Annual administration and progress report of the Indian Medical Department, Bombay
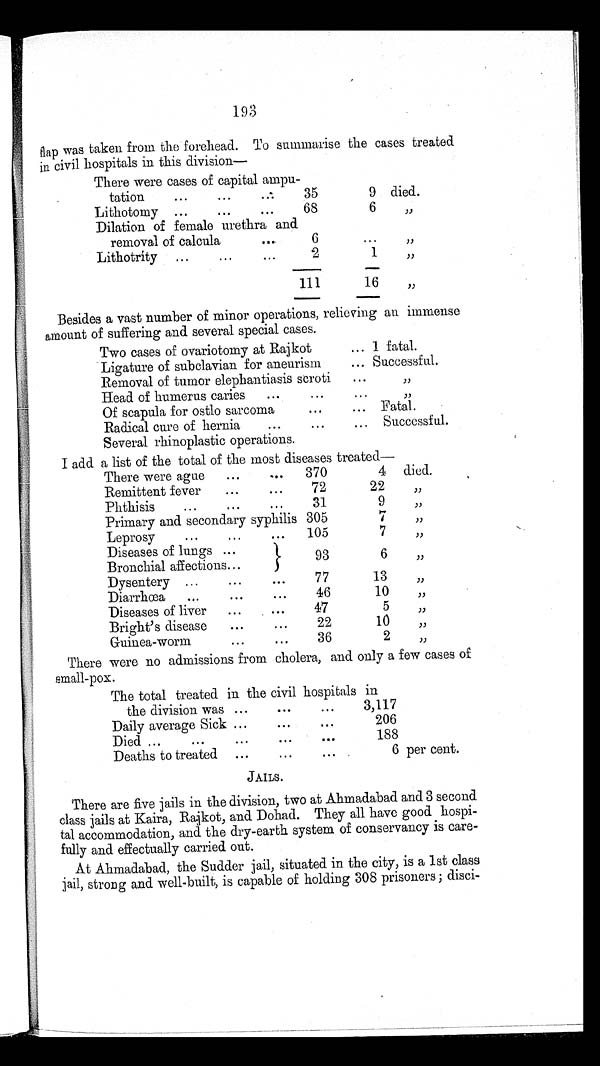
193
flap was taken from the forehead. To summarise the cases treated
in civil hospitals in this division—
There were cases of capital ampu
-tation
35
9 died.
Lithotomy
68
6
"
Dilation of female urethra and
removal of calcula
6
...
"
Lithotrity
2
1
"
111
16
"
Besides a vast number of minor operations, relieving an immense
amount of suffering and several special cases.
Two cases of ovariotomy at Rajkot
1 fatal.
Ligature of subclavian for aneurism
Successful.
Removal of tumor elephantiasis scroti
"
Head of humerus caries
"
Of scapula for ostlo sarcoma
Fatal.
Radical cure of hernia
Successful.
Several rhinoplastic operations.
I add a list of the total of the most diseases treated—
There were ague
370
4
died.
Remittent fever
72
22
"
P h t h i s i s
31
9
"
Primary and secondary syphilis 305
7
"
Leprosy
105
7
"
Diseases of lungs
93
6
"
Bronchial affections D y s e n t e r y
77
13
"
Diarrhœa
46
10
"
Diseases of liver
47
5
"
Bright's disease
22
10
"
Guinea-worm
36
2
"
There were no admissions from cholera, and only a few cases of small-pox.
The total treated in the civil hospitals in
the division was
3,117
Daily average Sick
206
Died
188
Deaths to treated
6 per cent.
JAILS.
There are five jails in the division, two at Ahmadabad and 3 second
class jails at Kaira, Rajkot, and Dohad. They all have good hospi-
-tal accommodation, and the dry-earth system of conservancy is care--
fully and effectually carried out.
At Ahmadabad, the Sudder jail, situated in the city, is a 1st class
jail, strong and well-built, is capable of holding 308 prisoners; disci
-